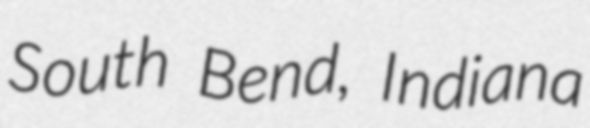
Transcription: South Bend, Indiana